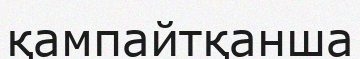
қампайтқанша